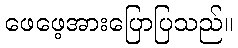
ဖေဖေ့အားပြောပြသည်။